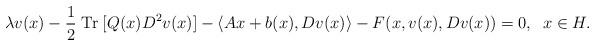
LaTeX: \begin{align*}\lambda v (x)-\frac{1}{2}\;\mbox{\rm Tr}\;[Q(x)D^2v(x)] -\langle Ax+b(x),Dv(x) \rangle -F(x,v(x),Dv(x))=0,\; \; x \in H.\end{align*}